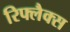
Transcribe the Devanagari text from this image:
रिफ्लैक्स